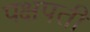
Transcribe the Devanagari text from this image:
पक्षपती